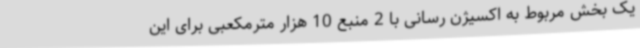
یک بخش مربوط به اکسیژن رسانی با 2 منبع 10 هزار مترمکعبی برای این